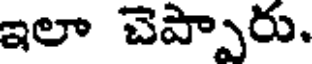
ఇలా చెప్పారు.